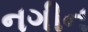
નગીન